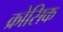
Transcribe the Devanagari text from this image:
क्रोसिक